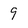
Character: 9